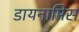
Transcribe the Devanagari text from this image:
डायनामिस